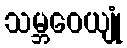
သမ္ဘဝေယျုံ